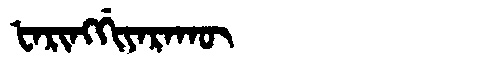
Manchu: ᡶᠠᡵᡳᠩᡤᡳᠶᠠᡵᠠᡴᡡ
Romanization: FARINGGIYARAKŪ